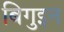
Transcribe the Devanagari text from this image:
बिगुइन